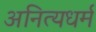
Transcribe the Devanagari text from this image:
अनित्यधर्म